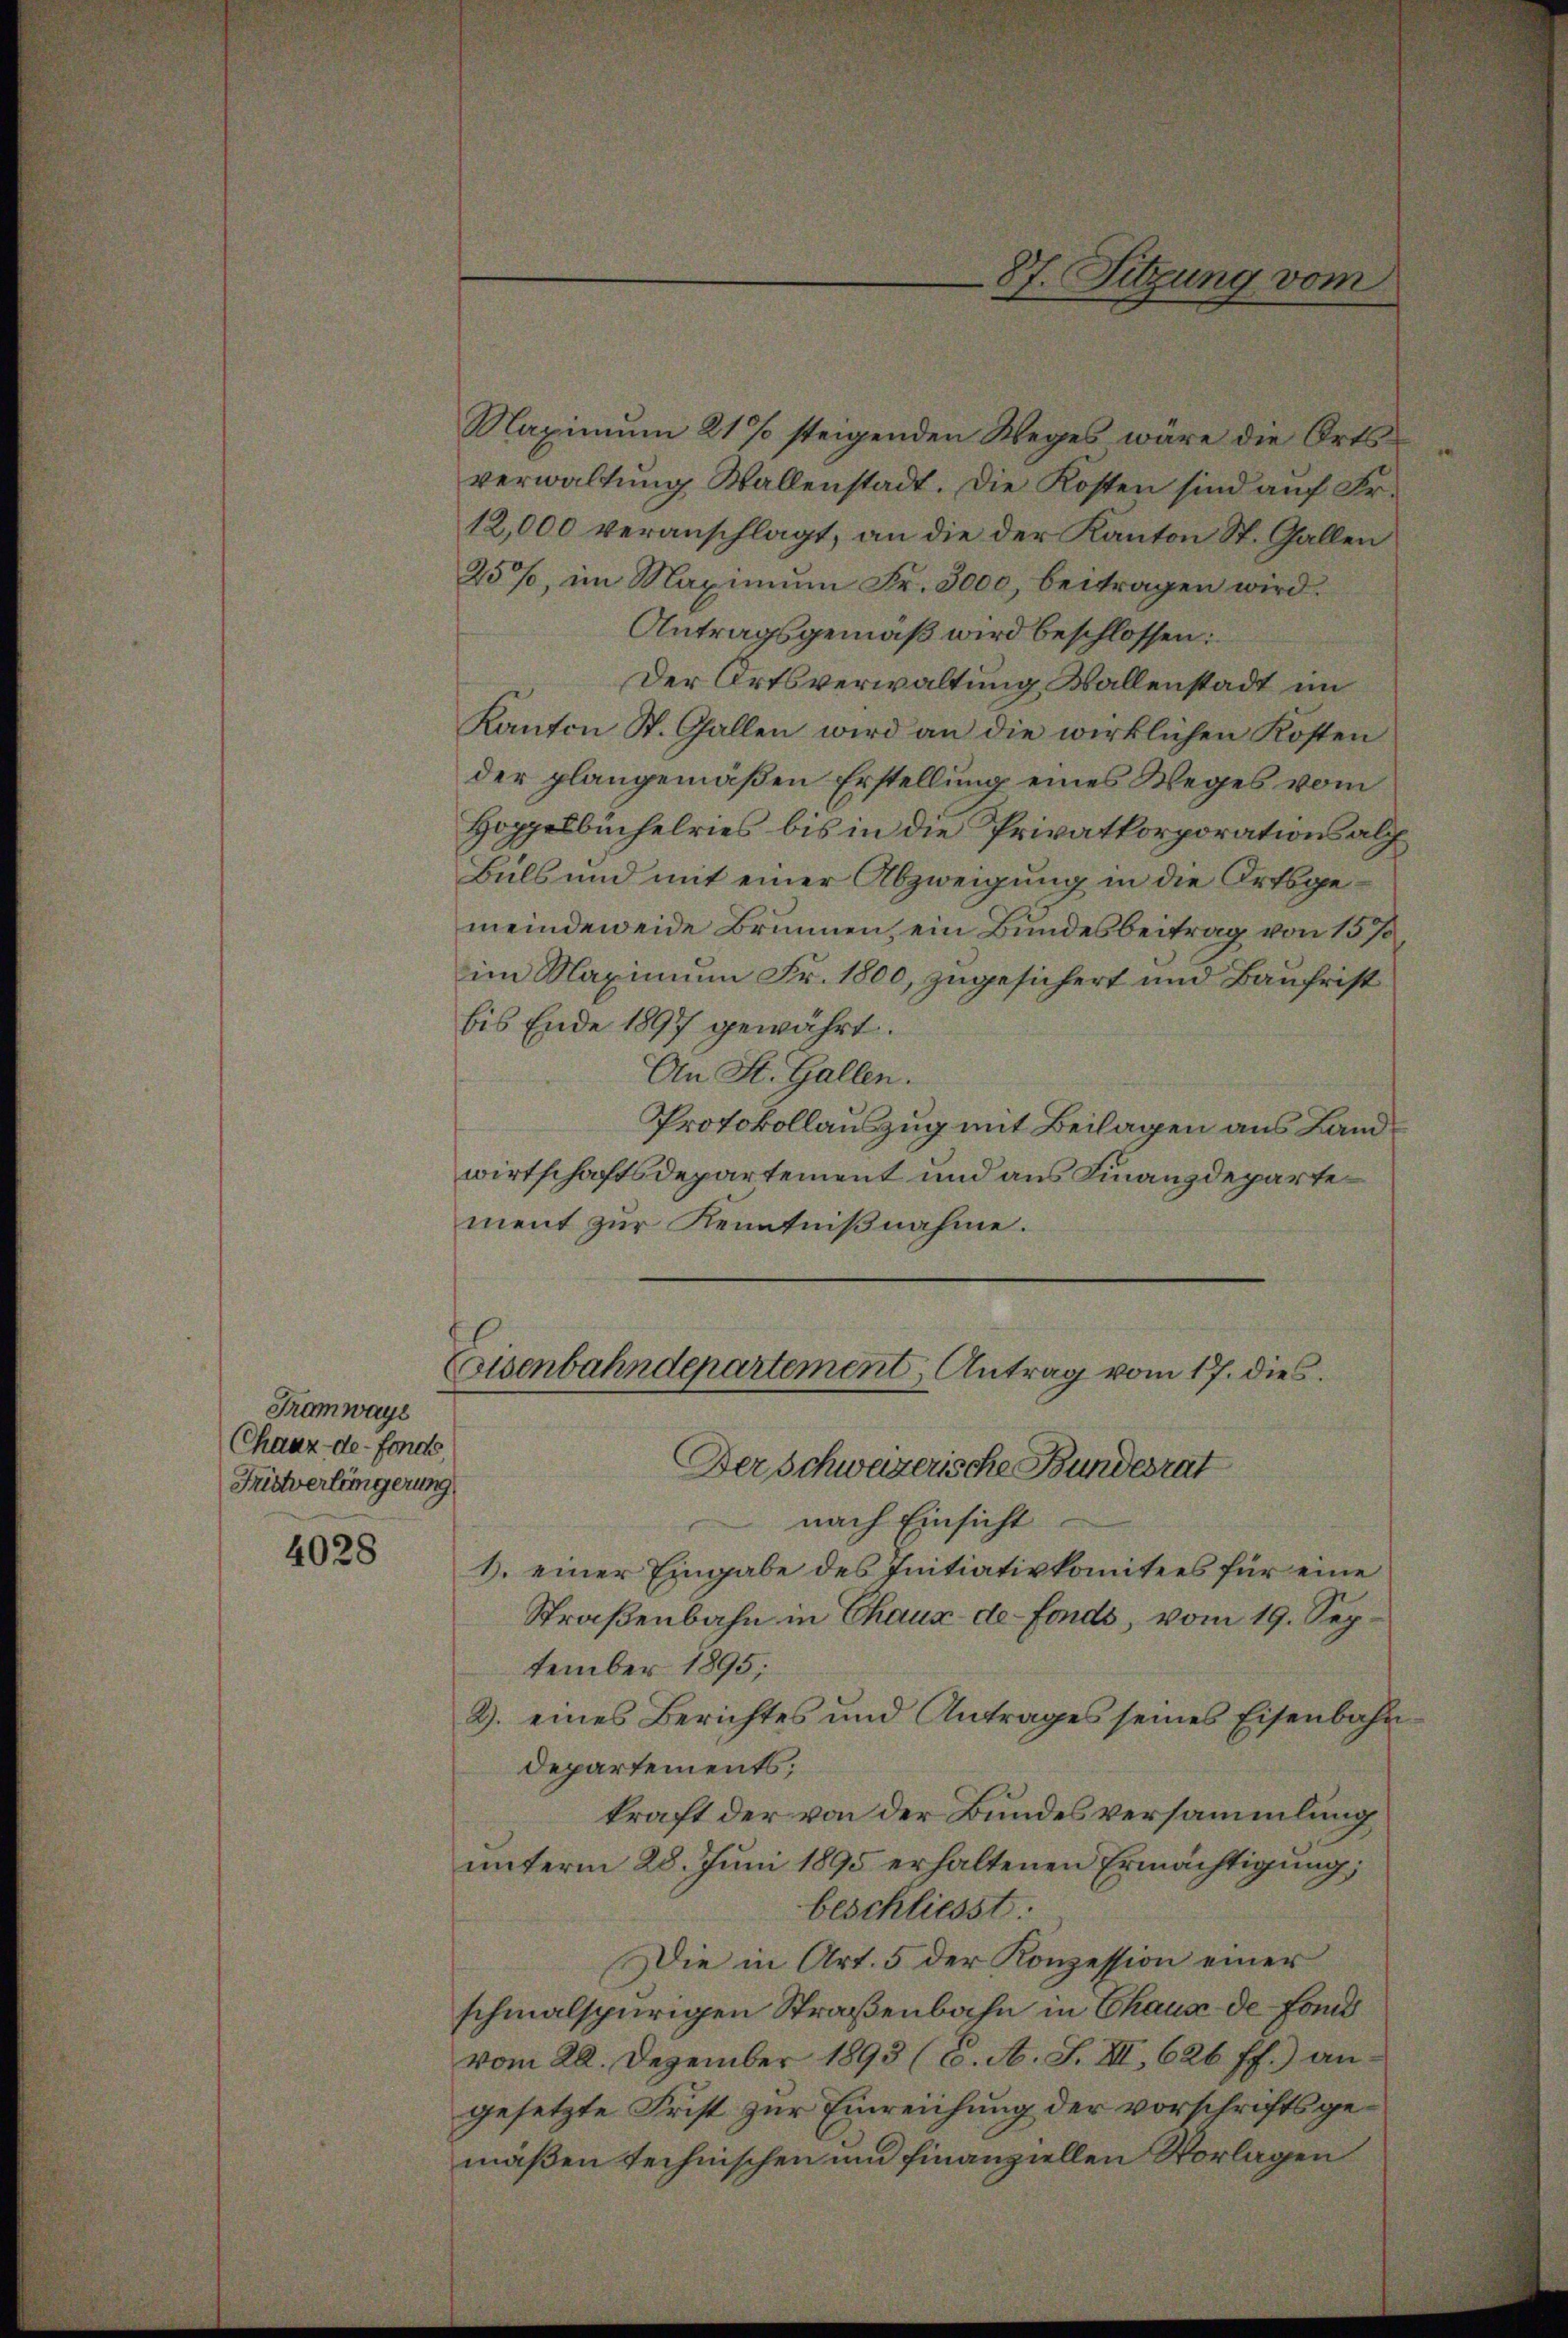
Tramways
(Chaux-de-Fonds,
Fristverlängerung

4028

Maximum 21 % steigenden Weges wäre die Ortsverwaltung Wallenstadt. Die Kosten sind auf Fr.
12,000 veranschlagt, an die der Kanton St. Gallen
25%, im Maximŭm Fr. 3000, beitragen wird.
Antragsgemäß wird beschlossen:
Der Ortsverwaltung Ballenstadt im
Kanton St. Gallen wird an die wirklichen Kosten
der plangemäßen Erstellung eines Weges vom
Hoppelbuchelries bis in die Privatkorporationsalp
Bels und mit einer Abzweigung in die Ortsgemeindeweide Brunnen, ein Bundesbeitrag von 15 %
im Maximum Fr. 1800, zugesichert und Baufrist
bis Ende 1897 gewährt.
An St. Gallen.
Protokollauszug mit Beilagen aus Land
wirtschaftsdepartement und aus Finanzdepartement zur Kenntnißnahme.
Eisenbahndepartement; Antrag vom 17. dies
Der Schweizerische Bundesrat
 nach Einsicht
1. einer Eingabe des Initiativkomitees für eine
Straßenbahn in Chaux-de-Fonds, vom 19. Sep
tember 1895;
2. eines Berichtes und Antrages seines Eisenbahn-
Departements;
kraft der von der Bundesversammlung
unterm 28. Juni 1895 erhaltenen Ermächtigung,
beschliesst:
Die in Art. 5 der Konzession einer
schmalspurigen Straßenbahn in Chaus de Fond
vom 20. Dezember 1893 (C. A. S. XI, 626 ff.) an
gesetzte Frist zur Einreichung der vorschriftsgemäßen technischen und finanziellen Vorlagen

87. Sitzung vom